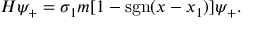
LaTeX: H \psi _ { + } = \sigma _ { 1 } m [ 1 - \mathrm { s g n } ( x - x _ { 1 } ) ] \psi _ { + } .